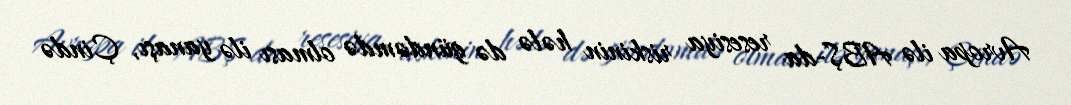
Avropa ilə ABŞ-da resesiya riskinin hələ də gündəmdə olması ilə yanaşı, Çində